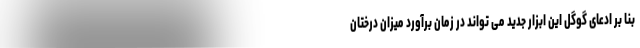
بنا بر ادعای گوگل این ابزار جدید می تواند در زمان برآورد میزان درختان